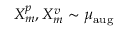
X _ { m } ^ { p } , X _ { m } ^ { v } \sim \mu _ { \mathrm { a u g } }